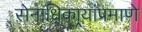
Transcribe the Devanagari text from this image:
सेनाधिकार्‍यांप्रमाणे